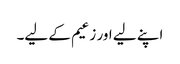
اپنے لیے اور زعیم کے لیے۔